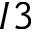
I 3